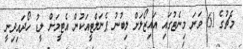
މެޗުގެ 61 ވަނަ މިނެޓުގައި އައިޒޯލަށް ލިބުނު ޕެނަލްޓީއަކުން އެޓީމަށް ލީޑު ހޯދައިދިނީ